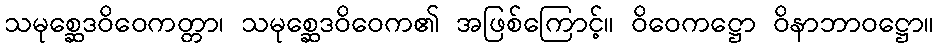
သမုစ္ဆေဒဝိဝေကတ္တာ၊ သမုစ္ဆေဒဝိဝေက၏ အဖြစ်ကြောင့်။ ဝိဝေကဋ္ဌော ဝိနာဘာဝဋ္ဌော။